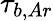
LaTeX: \tau_{b,Ar}